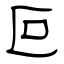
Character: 叵